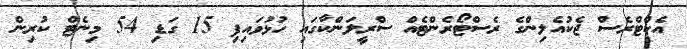
އެކްޓްރެސް ޖެކުއެލިންގެ ރެސްޓޯރެންޓެއް ސްރީލަންކާގައި ހުޅުވައިފި 15 ގަޑި 54 މިނެޓް ކުރިން